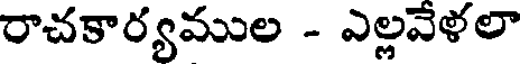
రాచకార్యముల - ఎల్లవేళలా